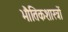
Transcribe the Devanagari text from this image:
भौतिकशास्त्रों